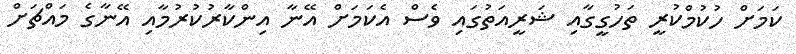
ކަމަށް ހުކުމްކުރީ ތަހުގީގާއި ޝަރީއަތުގައި ވެސް އެކަމަށް އޭނާ އިންކާރުކުރުމާއި އޭނާގެ މައްޗަށް